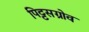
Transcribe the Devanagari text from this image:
पिट्टसग्रोव